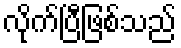
လိုက်ပြီဖြစ်သည်